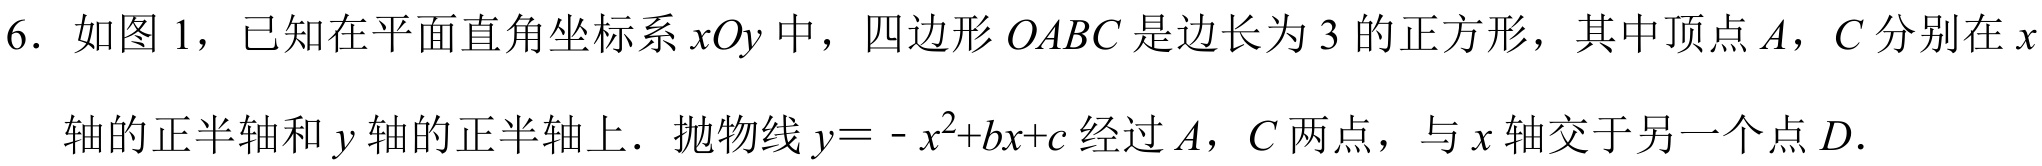
6. 如图 1，已知在平面直角坐标系\(xOy\)中，四边形\(OABC\)是边长为\(3\)的正方形，其中顶点\(A\)，\(C\)分别在\(x\)
轴的正半轴和\(y\)轴的正半轴上. 抛物线\(y=-x^{2}+bx + c\)经过\(A\)，\(C\)两点，与\(x\)轴交于另一个点\(D\).